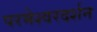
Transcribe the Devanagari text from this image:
परमेश्वरदर्शन